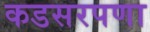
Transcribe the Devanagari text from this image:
कडसरपणा